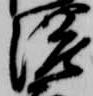
濃